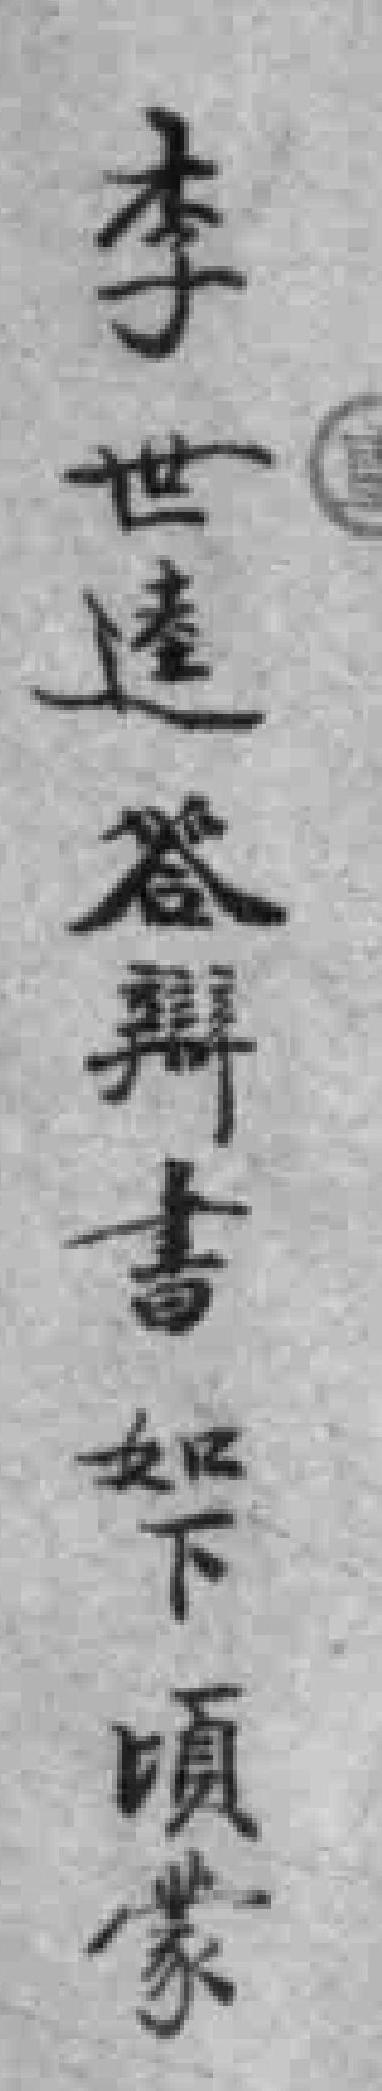
李世逵答辯書如下頃蒙